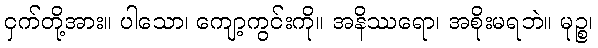
ငှက်တို့အား။ ပါသော၊ ကျော့ကွင်းကို။ အနိဿရော၊ အစိုးမရဘဲ။ မုဉ္စ၊